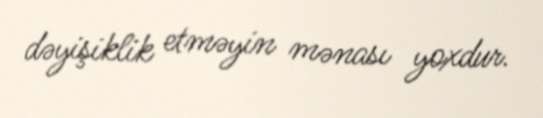
dəyişiklik etməyin mənası yoxdur.